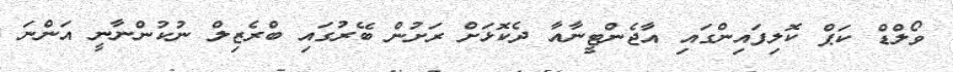
ވޯލްޑް ކަޕް ކޮލިފައިންގައި އާޖެންޓީނާއާ ދެކޮޅަށް ރަށުން ބޭރުގައި ބްރެޒިލް ނުކުންނާނީ އަންނަ